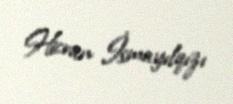
Hicran İsmayılqızı